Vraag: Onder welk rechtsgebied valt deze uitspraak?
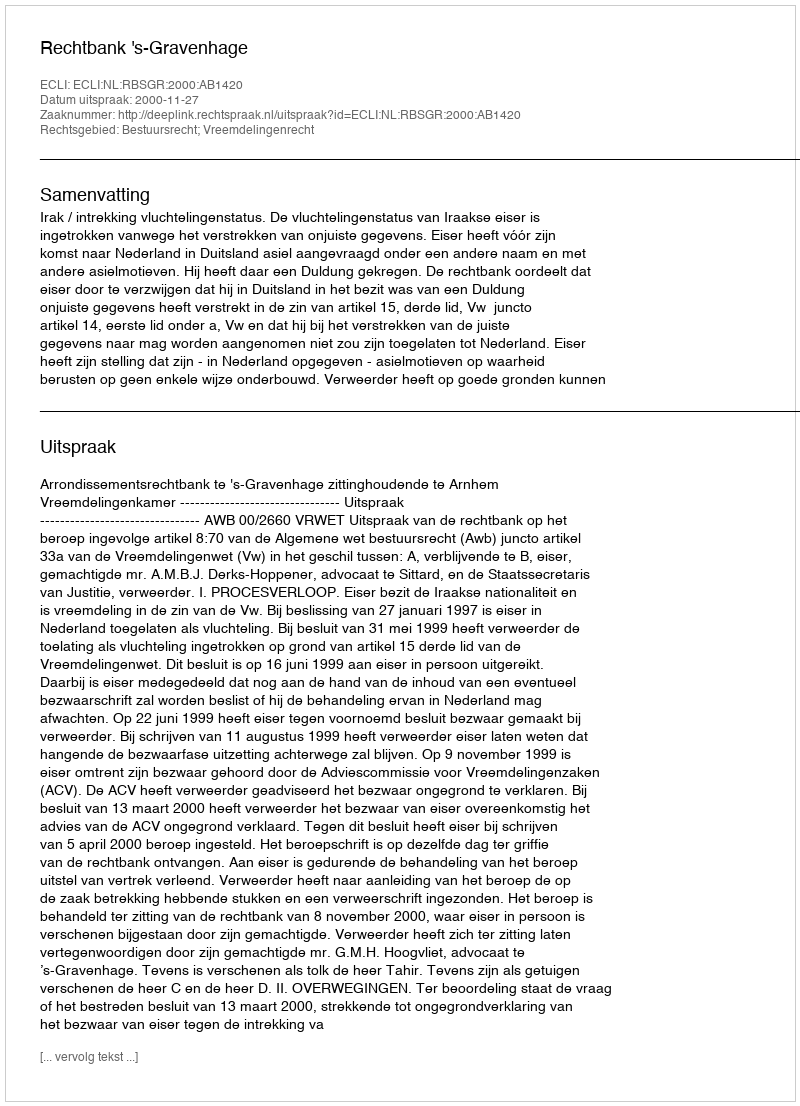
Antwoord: Bestuursrecht; Vreemdelingenrecht